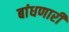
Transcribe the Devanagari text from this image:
बांधणारी